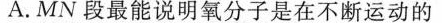
A.MN段最能说明氧分子是在不断运动的